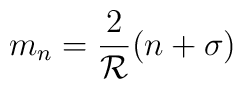
m_n=\frac{2}{{\cal R}}(n+\sigma)